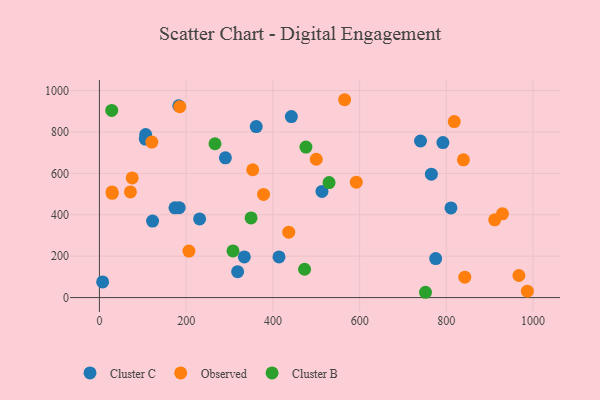
{"axis": {"x": "Investment", "y": "Exam Score"}, "legend": ["Cluster B", "Cluster C", "Observed"], "data": [{"x": "183.0", "y": 926.5, "type": "Cluster C"}, {"x": "361.6", "y": 825.8, "type": "Cluster C"}, {"x": "414.1", "y": 196.4, "type": "Cluster C"}, {"x": "775.4", "y": 188.4, "type": "Cluster C"}, {"x": "290.5", "y": 675.2, "type": "Cluster C"}, {"x": "765.4", "y": 595.8, "type": "Cluster C"}, {"x": "318.7", "y": 125.2, "type": "Cluster C"}, {"x": "105.8", "y": 765.5, "type": "Cluster C"}, {"x": "513.2", "y": 512.6, "type": "Cluster C"}, {"x": "174.2", "y": 433.7, "type": "Cluster C"}, {"x": "7.4", "y": 75.6, "type": "Cluster C"}, {"x": "231.0", "y": 380.0, "type": "Cluster C"}, {"x": "442.6", "y": 874.2, "type": "Cluster C"}, {"x": "106.6", "y": 787.2, "type": "Cluster C"}, {"x": "740.4", "y": 756.3, "type": "Cluster C"}, {"x": "122.6", "y": 369.7, "type": "Cluster C"}, {"x": "792.0", "y": 748.6, "type": "Cluster C"}, {"x": "183.9", "y": 434.4, "type": "Cluster C"}, {"x": "334.1", "y": 196.2, "type": "Cluster C"}, {"x": "810.6", "y": 433.2, "type": "Cluster C"}, {"x": "29.1", "y": 510.1, "type": "Observed"}, {"x": "185.3", "y": 921.9, "type": "Observed"}, {"x": "353.5", "y": 617.3, "type": "Observed"}, {"x": "120.9", "y": 751.2, "type": "Observed"}, {"x": "71.5", "y": 510.3, "type": "Observed"}, {"x": "206.4", "y": 224.4, "type": "Observed"}, {"x": "592.3", "y": 557.3, "type": "Observed"}, {"x": "929.3", "y": 404.4, "type": "Observed"}, {"x": "378.4", "y": 498.4, "type": "Observed"}, {"x": "500.0", "y": 668.2, "type": "Observed"}, {"x": "967.3", "y": 106.6, "type": "Observed"}, {"x": "818.2", "y": 850.3, "type": "Observed"}, {"x": "565.4", "y": 955.6, "type": "Observed"}, {"x": "436.6", "y": 315.7, "type": "Observed"}, {"x": "842.5", "y": 98.3, "type": "Observed"}, {"x": "911.4", "y": 375.7, "type": "Observed"}, {"x": "839.3", "y": 665.3, "type": "Observed"}, {"x": "986.8", "y": 30.7, "type": "Observed"}, {"x": "29.6", "y": 503.6, "type": "Observed"}, {"x": "75.6", "y": 577.8, "type": "Observed"}, {"x": "751.9", "y": 25.6, "type": "Cluster B"}, {"x": "28.4", "y": 903.9, "type": "Cluster B"}, {"x": "308.0", "y": 225.2, "type": "Cluster B"}, {"x": "529.5", "y": 555.4, "type": "Cluster B"}, {"x": "476.2", "y": 727.0, "type": "Cluster B"}, {"x": "349.7", "y": 384.9, "type": "Cluster B"}, {"x": "473.0", "y": 136.7, "type": "Cluster B"}, {"x": "266.5", "y": 742.9, "type": "Cluster B"}]}